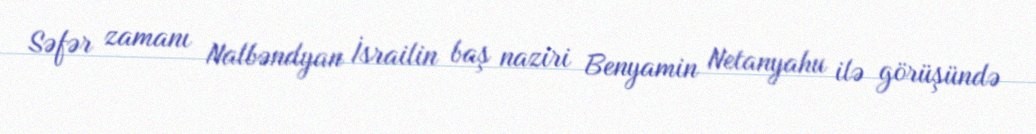
Səfər zamanı Nalbəndyan İsrailin baş naziri Benyamin Netanyahu ilə görüşündə